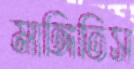
মাঙ্গিতিস